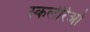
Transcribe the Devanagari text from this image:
स्कलेरिओ